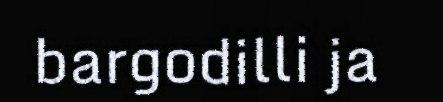
bargodilli ja